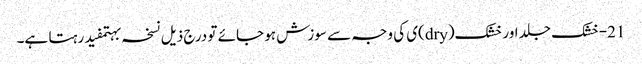
21-خشک جلد اور خشک(dry)ی کی وجہ سے سوزش ہو جائے تو درج ذیل نسخہ بہتمفید رہتا ہے۔